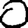
Digit: 0